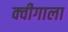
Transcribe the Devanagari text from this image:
क्वीगाला